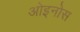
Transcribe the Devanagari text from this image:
ओइनोस